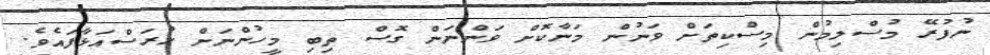
ނުފުރޭ މުސްލިމުން މިސްކިތަށް ވަނުން މަނާކޮށް ވަންނަން ގޮސް ތިބި މީހުންނަށް ހުރަސްއަޅާފައެވެ.